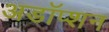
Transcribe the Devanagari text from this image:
अडॉप्शन